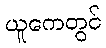
ယူကေတွင်